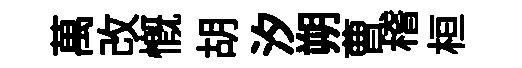
萬改慨胡汐朔曹稽桓